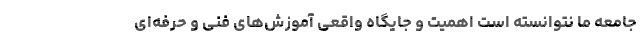
جامعه ما نتوانسته است اهمیت و جایگاه واقعی آموزش‌های فنی و حرفه‌ای